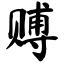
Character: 赙